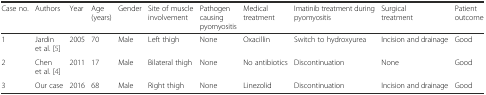
| Case no. | Authors | Year | Age (years) | Gender | Site of muscle involvement | Pathogen causing pyomyositis | Medical treatment | Imatinib treatment during pyomyositis | Surgical treatment | Patient outcome |
 | --- | --- | --- | --- | --- | --- | --- | --- | --- | --- | --- |
 | 1 | Jardin et al. [5] | 2005 | 70 | Male | Left thigh | None | Oxacillin | Switch to hydroxyurea | Incision and drainage | Good |
 | 2 | Chen et al. [4] | 2011 | 17 | Male | Bilateral thigh | None | No antibiotics | Discontinuation | None | Good |
 | 3 | Our case | 2016 | 68 | Male | Right thigh | None | Linezolid | Discontinuation | Incision and drainage | Good |